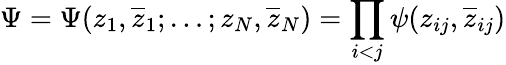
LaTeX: \Psi=\Psi(z_{1},\overline{{{z}}}_{1};\ldots;z_{N},\overline{{{z}}}_{N})=\prod_{\scriptstyle i<j}\psi(z_{ij},\overline{{{z}}}_{ij})